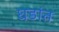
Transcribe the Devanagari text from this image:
घडांत